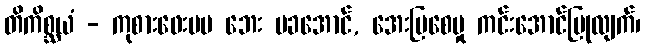
တိကိစ္ဆယံ - ကုစားဖေးမမ ဘေး မခအောင်, အေးမြစေမှု ကင်းအောင်ပြုလျက်၊